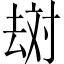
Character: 𱑪